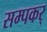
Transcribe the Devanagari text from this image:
सम्पकर्